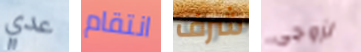
عدي انتقام شرف لزوجي